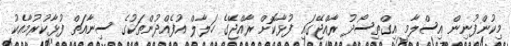
މިކުންފުނިން އިސްލާމީ އިގްތިސޯދު ރާއްޖޭގައި ފުޅާކޮށް ރާއްޖޭގެ ހަލާލް އުފެއްދުންތަކުގެ ސިނާއަތް ފުޅާކުރުމާއެކު